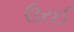
ઉરઈ